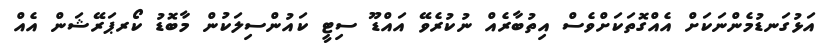
އަޅުގަނޑުމެންނަކަށް އެއްގޮތަކަށްވެސް އިތުބާރެއް ނުކުރެވޭ އައްޑޫ ސިޓީ ކައުންސިލަކުން މާބޮޑު ކޯރޕަރޭޝަން އެއް